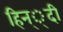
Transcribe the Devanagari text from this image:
हिन््दी